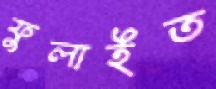
ফুলাইত